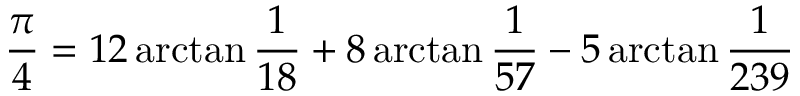
{ \frac { \pi } { 4 } } = 1 2 \arctan { \frac { 1 } { 1 8 } } + 8 \arctan { \frac { 1 } { 5 7 } } - 5 \arctan { \frac { 1 } { 2 3 9 } }